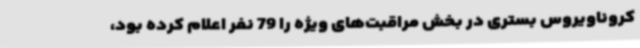
کروناویروس بستری در بخش مراقبت‌های ویژه را 79 نفر اعلام کرده بود،